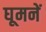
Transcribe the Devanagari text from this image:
घूमनें